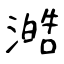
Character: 澔